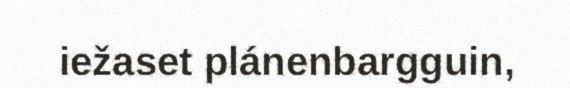
iežaset plánenbargguin,